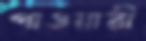
পাওয়ারী